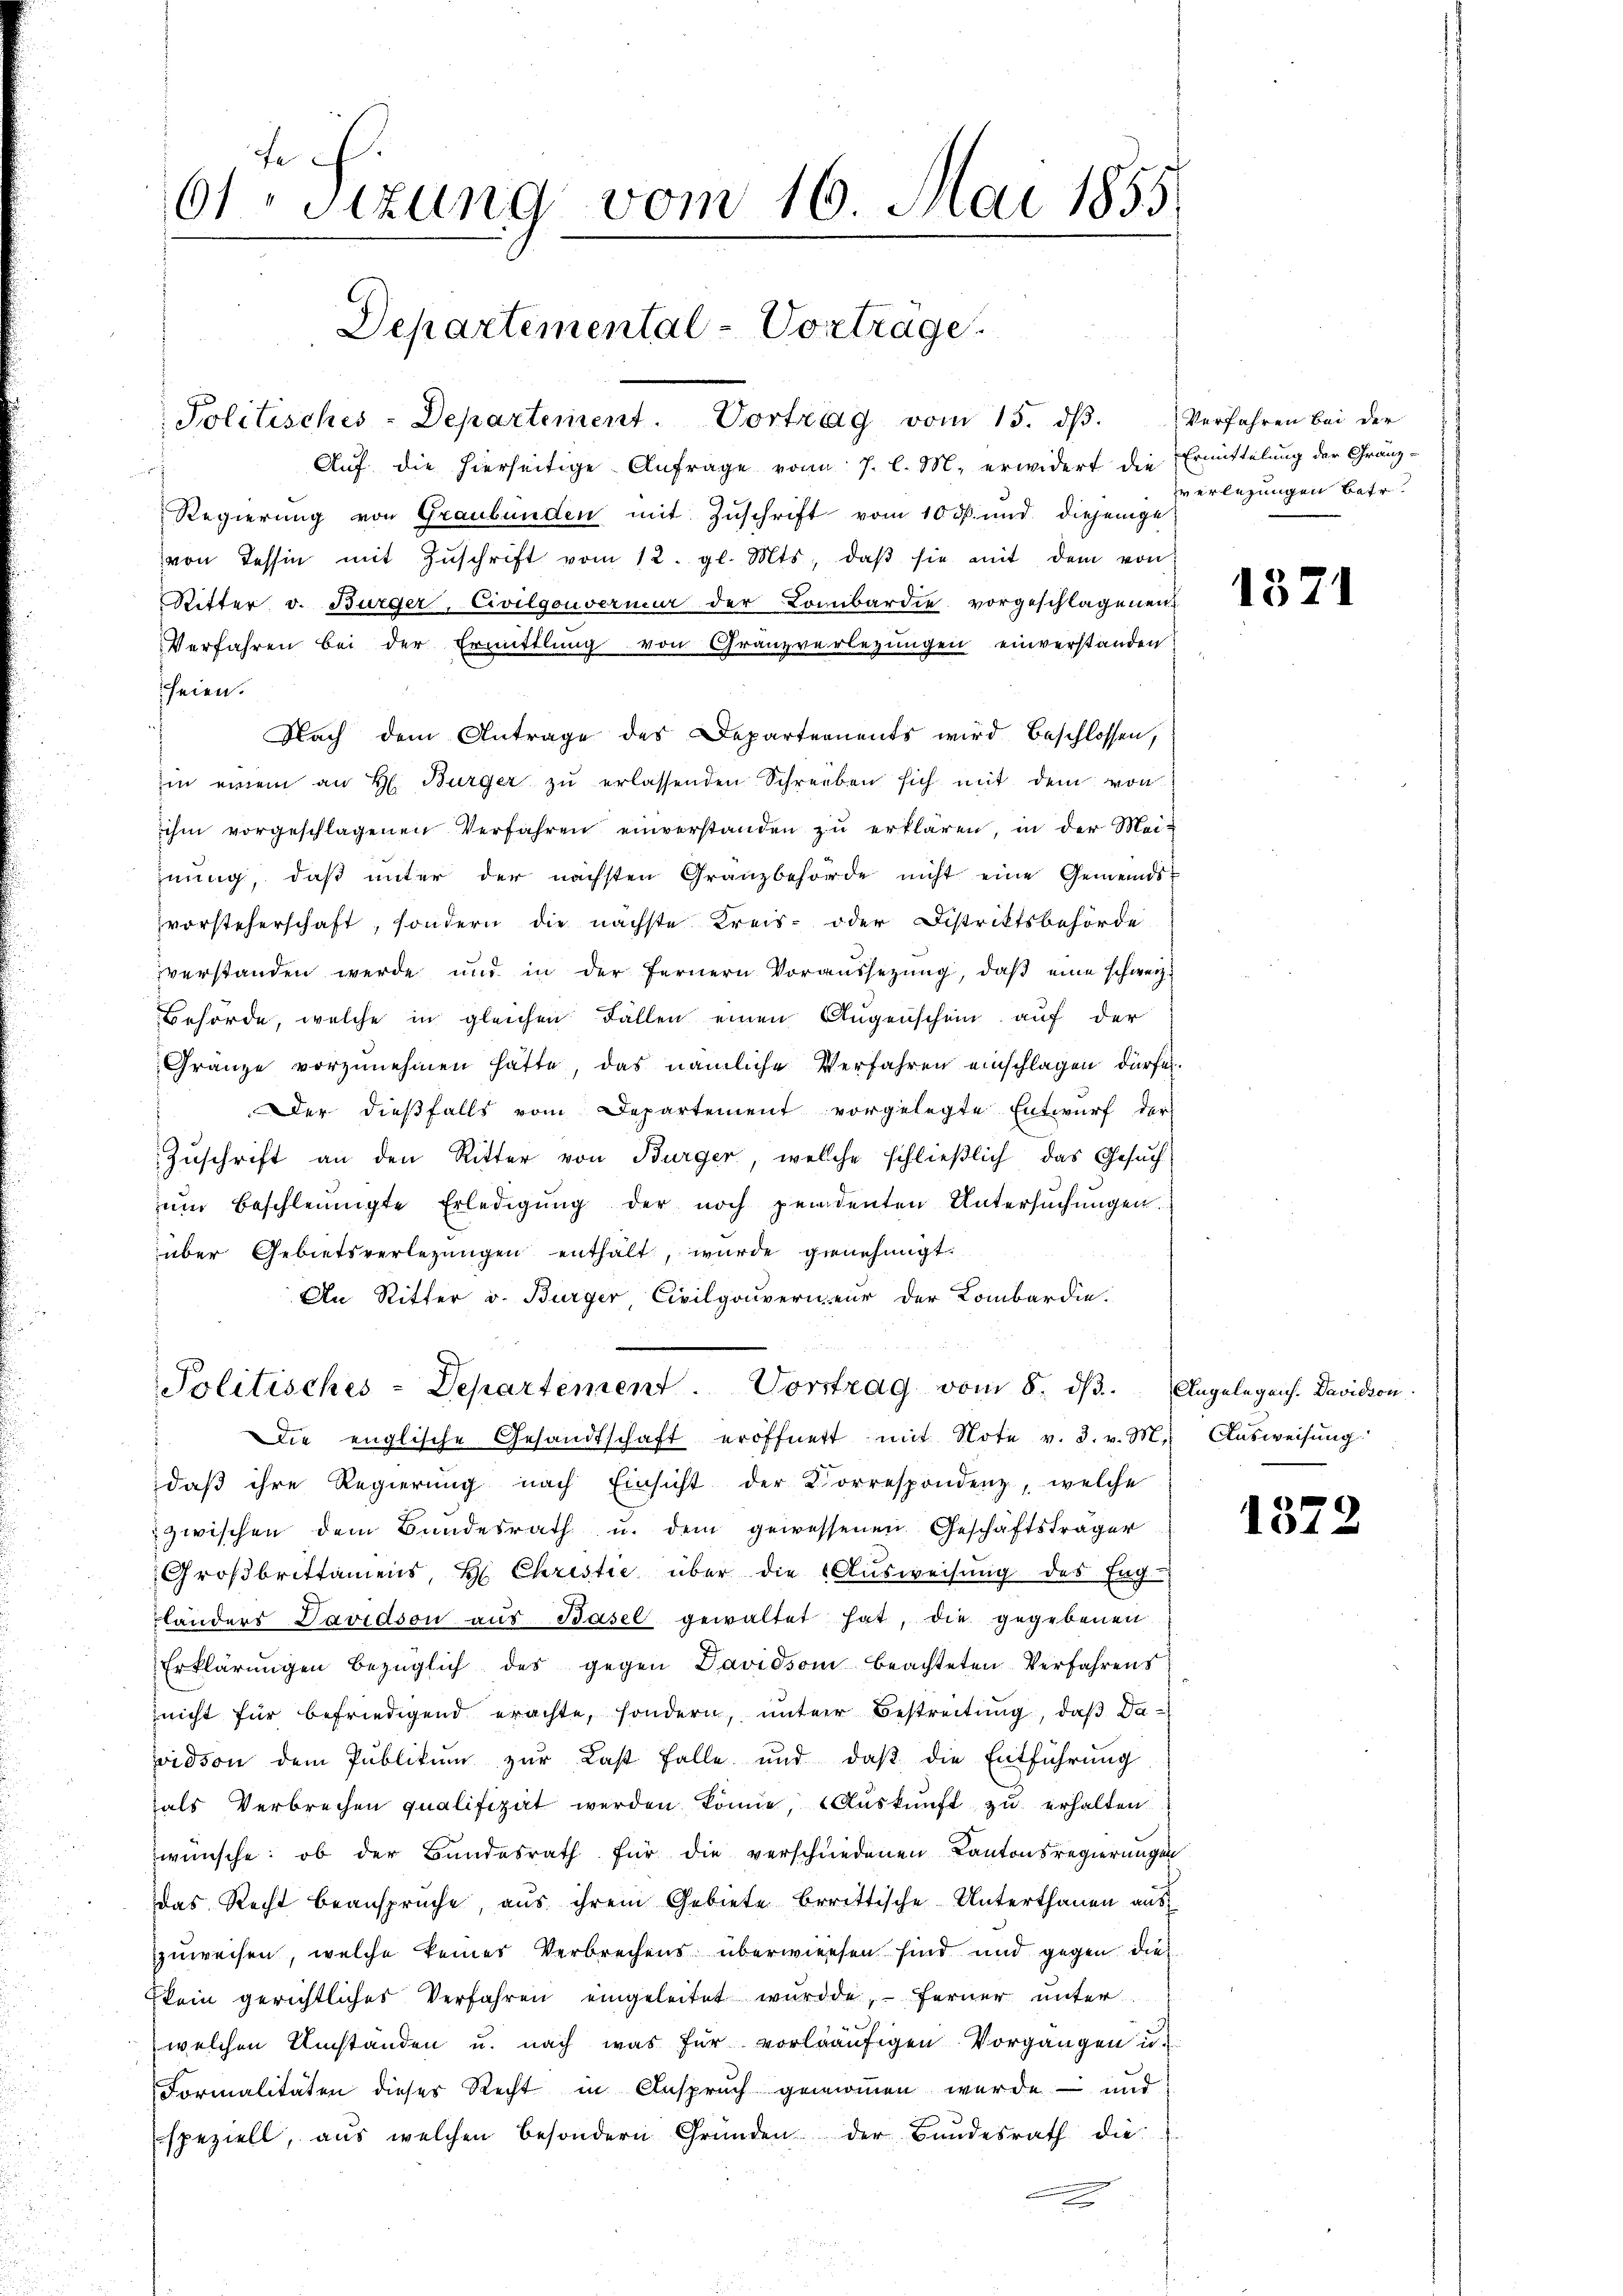
fch
61 Sizung vom 16. Juni 1855.
Departemental-Vortrage.
Politisches-Departement. Vortrag vom 15. dβ. Verfahren bei der
Auf die hierseitige Anfrage von 7. l. M. erwidert die Ermittelung der Gränz-
Regierung von Graubünden mit Zuschrift vom 10. ds. und diejenige
von Tessin mit Zŭschrift vom 12. gl. Mts. daβ sie mit dem von

Ritter v. Bürger, Civilgouverner der Lombardie vorgeschlagenen
Verfahren bei der Ermittlung von Granzverlegungen einverstanden
heien.
in einem an H. Bürger zŭ erlassenden Schreiben sich mit dem von
ihm vorgeschlagenen Verfahren einverstanden zŭ erklären, in der Mei-
hnung, daß unter der nächsten Granzbehörde nicht eine Gemeindsvorsteherschaft, sondern die nächste Kreis- oder Distriktsbehörde
verstanden werde und in der fernern Voraussetzŭng, daβ eine schweiz.
Behörde, welche in gleichen Fallen einen Augenschein auf der
Gränze vorzunehmen hätte, das nämliche Verfahren einschlagen dürfe.
Der dießfalls vom Departement vorgelegte Entwurf der
Zuschrift an den Ritter von Bürger, welche schließlich das Gesuch
um beschleunigte Erledigŭng der noch pendenten Untersŭchŭngen.
über Gebietsverlegŭngen enthält, wurde genehmigt.
An Ritter v. Bürger, Civilgouverneur der Lombardie

Nach dem Antrage des Departements wird beschlossen,

Politisches - Departement. Vorstrag vom 8. dβ. Angelegen. Davidson
Die englische Gesandtschaft eröffnett mit Note v. 3. v. M. Aŭsweisŭng

daß ihre Regierung nach Einsicht der Korrespondenz, welche
zwischen dem Bundesrath u. dem gewessenen Geschäftsträger
Großbrittamens, H. Christie über die Aŭsweisŭng des Eng-
länders Davidson aus Basel gewaltet hat, die gegebenen
Erklärŭngen bezüglich des gegen Davidson beachteten Verfahrens
nicht für befriedigend erachte, sondern, untere Bestreitung, daß Dapoidson dem Publikum zur Last falle und daβ die Entführung
als Verbrechen qualifizirt werden könne, Aŭskŭnft zŭ erhalten
wünsche: ob der Bundesrath für die verschiedenen Kantonsregierungen
das Recht beansprüche, aus ihrem Gebiete berittische Unterthanen aus
zuweisen, welche keiner Verbrechens überwiesen sind und gegen dies
kein gerichtliches Verfahren eingeleitet würde, ferner unter
welchen Umständen u. nach was für vorläufigen Vorgangen u.
Formalitäten dieses Recht in Anspruch genommen wurde – und
speziell, aus welchen besondern Gründen der Bundesrath die
e

verlesungen betr.

137

1372